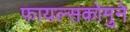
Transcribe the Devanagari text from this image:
फायल्सकोमुने